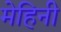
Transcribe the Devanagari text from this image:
मेहिनी